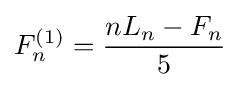
F_{n}^{(1)}={\frac {nL_{n}-F_{n}}{5}}